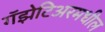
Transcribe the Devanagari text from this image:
गॅझेटिअरमधील